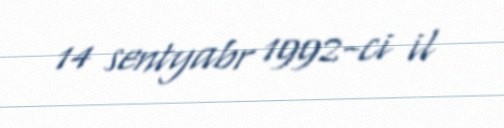
14 sentyabr 1992-ci il